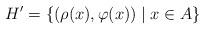
LaTeX: \begin{align*} H'=\{(\rho(x),\varphi(x))\mid x\in A\}\end{align*}